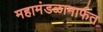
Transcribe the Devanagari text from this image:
महामंडळामार्फत